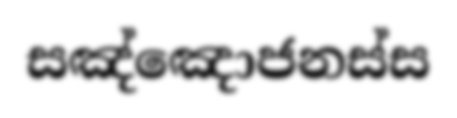
සඤ්ඤොජනස්ස